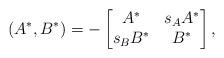
LaTeX: \begin{align*} (A^*,B^*)=-\begin{bmatrix} A^*& s_{A}A^* \\ s_{B}B^* & B^* \end{bmatrix}, \end{align*}